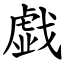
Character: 戯